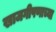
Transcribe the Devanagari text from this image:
खाजगीपणाच्या